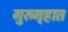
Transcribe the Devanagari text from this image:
गुरुगृहात